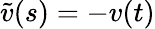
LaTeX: \tilde{v}(s)=-v(t)